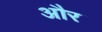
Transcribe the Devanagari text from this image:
और